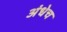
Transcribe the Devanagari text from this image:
अंधेच